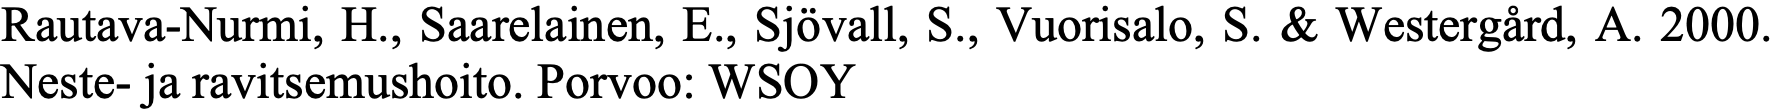
Rautava-Nurmi, H., Saarelainen, E., Sjövall, S., Vuorisalo, S. & Westergård, A. 2000. Neste- ja ravitsemushoito. Porvoo: WSOY